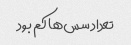
تعداد سس‌ها کم بود